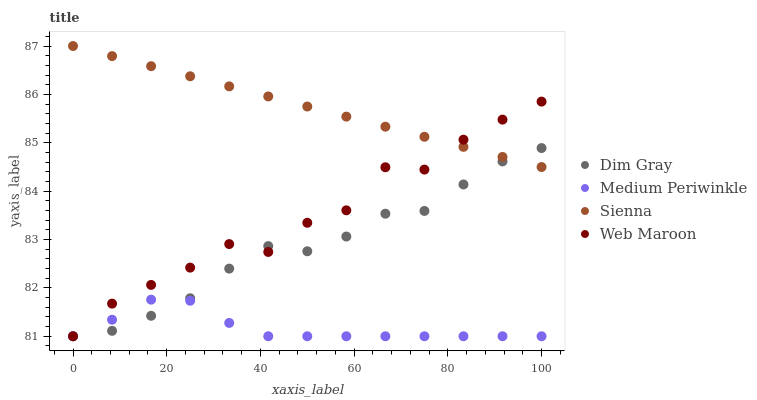
| xaxis_label | Dim Gray | Medium Periwinkle | Sienna | Web Maroon |
 | --- | --- | --- | --- | --- |
 | 0 | 81 | 81 | 87 | 81 |
 | 8.33 | 81.1 | 81.3 | 86.8 | 81.7 |
 | 16.7 | 81.4 | 81.8 | 86.6 | 82.1 |
 | 25 | 81.8 | 81.7 | 86.4 | 82.4 |
 | 33.3 | 82.4 | 81.3 | 86.2 | 82.9 |
 | 41.7 | 82.9 | 81 | 86 | 82.7 |
 | 50 | 82.8 | 81 | 85.7 | 83.3 |
 | 58.3 | 83.1 | 81 | 85.5 | 83.6 |
 | 66.7 | 83.5 | 81 | 85.3 | 84.5 |
 | 75 | 83.6 | 81 | 85.1 | 84.4 |
 | 83.3 | 84.1 | 81 | 84.9 | 85.1 |
 | 91.7 | 84.6 | 81 | 84.7 | 85.5 |
 | 100 | 84.9 | 81 | 84.5 | 85.9 |